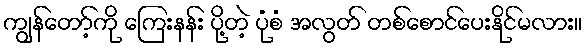
ကျွန်တော့်ကို ကြေးနန်း ပို့တဲ့ ပုံစံ အလွတ် တစ်စောင်ပေးနိုင်မလား။